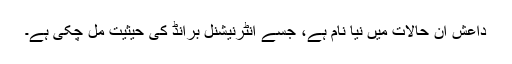
داعش ان حالات میں نیا نام ہے، جسے انٹرنیشنل برانڈ کی حیثیت مل چکی ہے۔